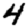
Digit: 4